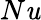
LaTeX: N\mathit{u}